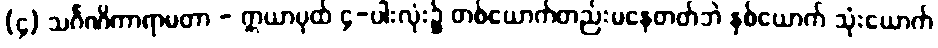
(၄) သင်္ဂဏိကာရာမတာ - ဣယာပုထ် ၄-ပါးလုံး၌ တစ်ယောက်တည်းမနေတတ်ဘဲ နှစ်ယောက် သုံးယောက်